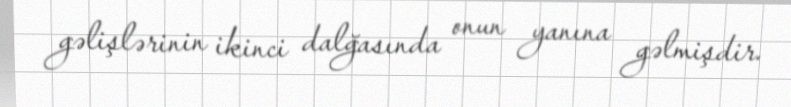
gəlişlərinin ikinci dalğasında onun yanına gəlmişdir.